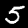
Label: 5